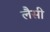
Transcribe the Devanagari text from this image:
लैसी